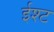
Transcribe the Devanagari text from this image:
ईश्ट